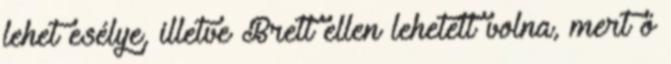
lehet esélye, illetve Brett ellen lehetett volna, mert ő